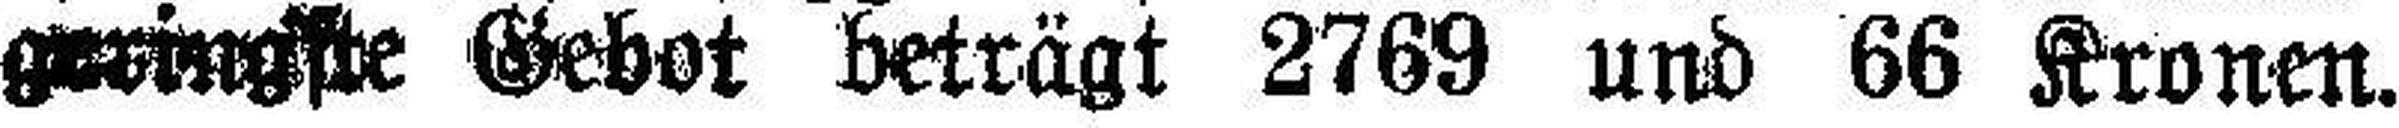
geringste Gebot beträgt 2769 und 66 Kronen.